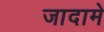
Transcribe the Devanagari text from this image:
जादामे